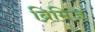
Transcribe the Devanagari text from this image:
ब्रिमिज